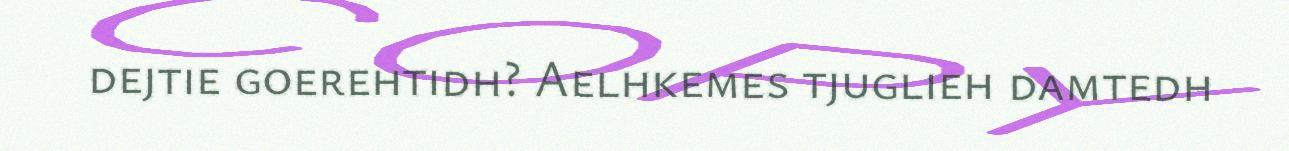
dejtie goerehtidh? Aelhkemes tjuglieh damtedh